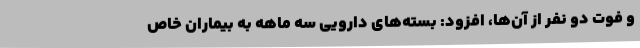
و فوت دو نفر از آن‌ها، افزود: بسته‌های دارویی سه ماهه به بیماران خاص